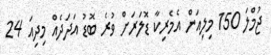
ޖުމްލަ 150 މިލިއަން އެމެރިކާ ޑޮލަރަށް ވުރެ ބޮޑު އަދަދެއް މިދިއަ 24